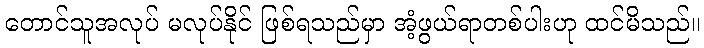
တောင်သူအလုပ် မလုပ်နိုင် ဖြစ်ရသည်မှာ အံ့ဖွယ်ရာတစ်ပါးဟု ထင်မိသည်။